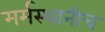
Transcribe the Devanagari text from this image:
मर्मस्थानीच